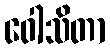
ဝေါသိတာ